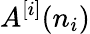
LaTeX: A^{[i]}(n_{i})